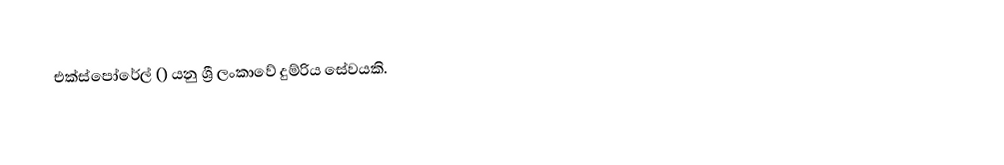
එක්ස්පෝරේල් () යනු ශ්‍රී ලංකාවේ දුම්රිය සේවයකි.